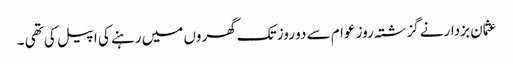
عثمان بزدار نے گزشتہ روز عوام سے دو روز تک گھروں میں رہنے کی اپیل کی تھی ۔